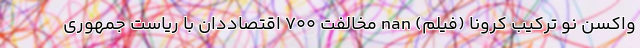
واکسن نو ترکیب کرونا (فیلم) nan مخالفت 700 اقتصاددان با ریاست جمهوری